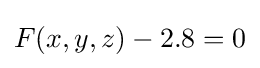
F(x,y,z)-2.8=0